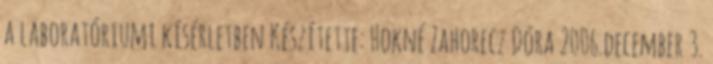
a laboratóriumi kísérletben Készítette: Hokné Zahorecz Dóra 2006.december 3.